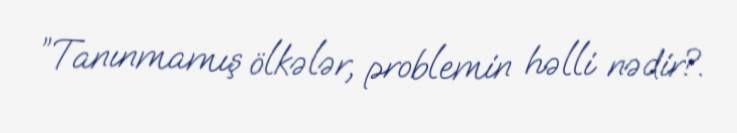
”Tanınmamış ölkələr, problemin həlli nədir?.